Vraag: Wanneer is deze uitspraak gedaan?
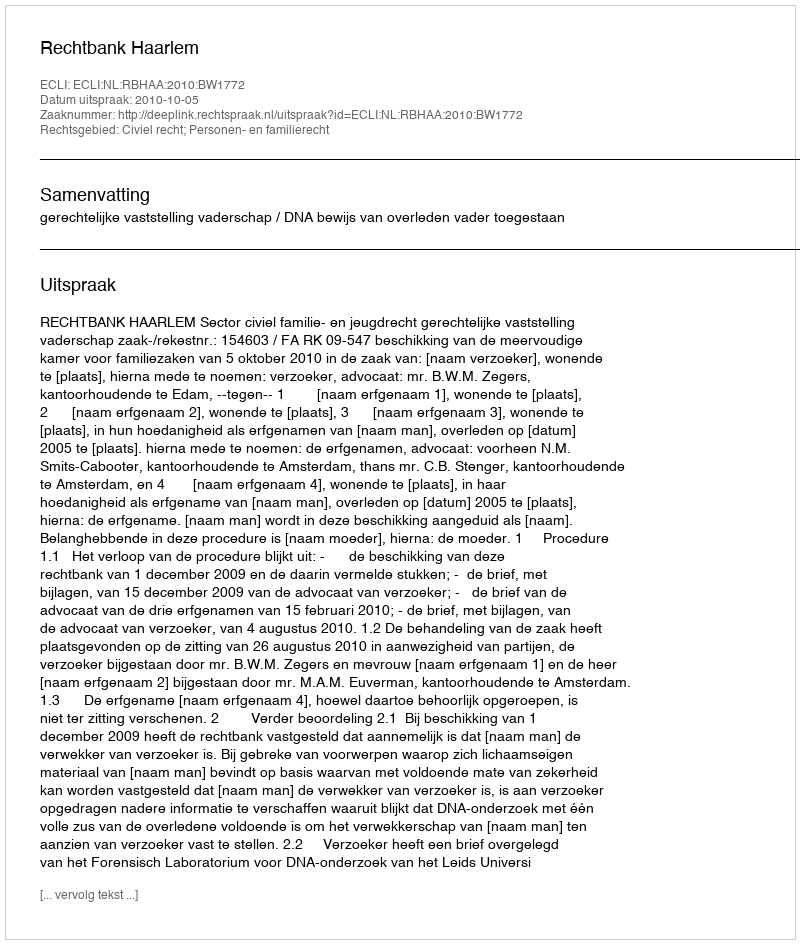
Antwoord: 2010-10-05